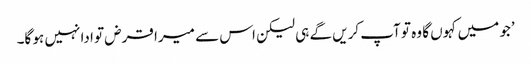
’جو میں کہوں گا وہ تو آپ کریں گے ہی لیکن اس سے میرا قرض تو ادا نہیں ہو گا۔